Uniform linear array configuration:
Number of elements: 16
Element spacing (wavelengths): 0.75
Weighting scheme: kaiser
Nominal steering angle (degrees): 45
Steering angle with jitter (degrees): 46.085
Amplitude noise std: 0.05
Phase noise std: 0.05

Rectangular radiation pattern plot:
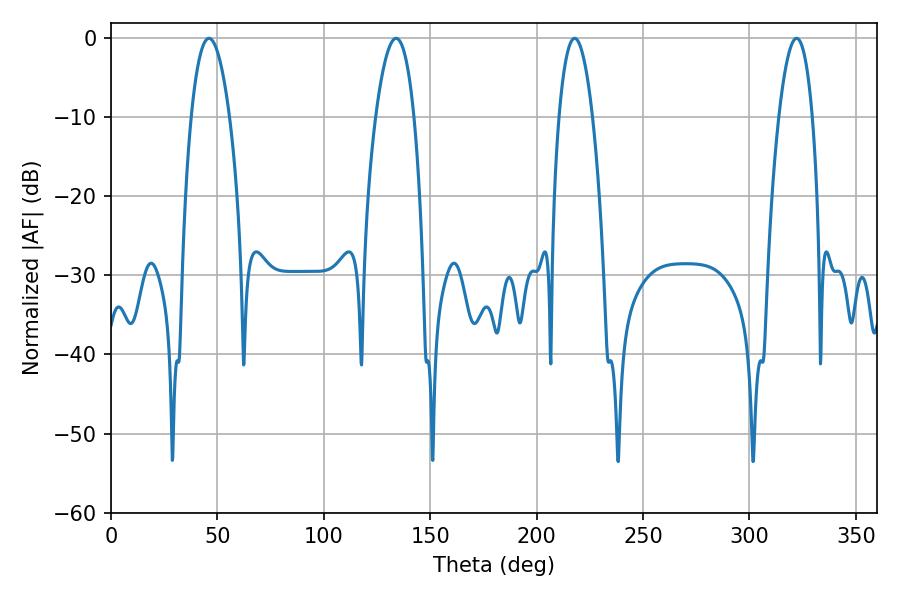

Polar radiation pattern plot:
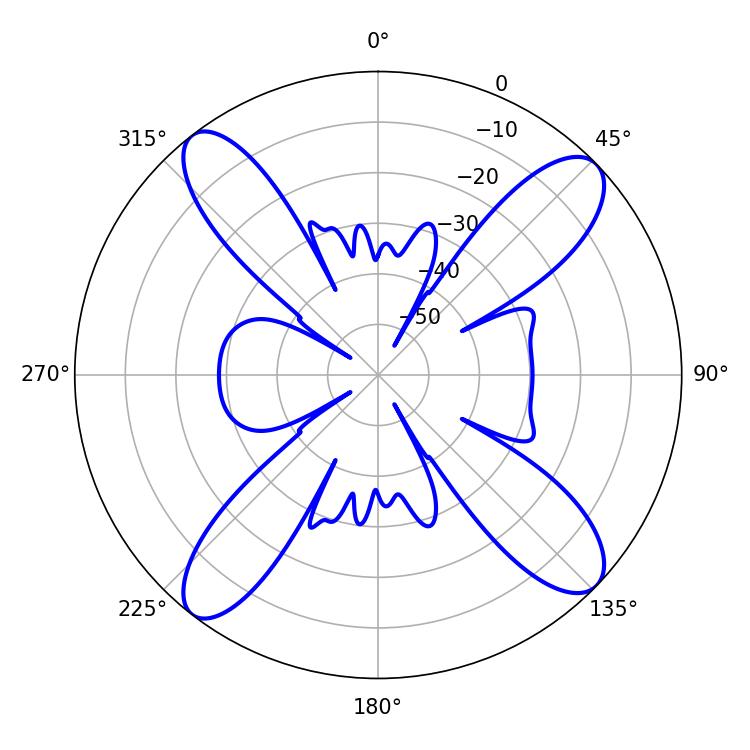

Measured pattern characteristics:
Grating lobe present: TRUE
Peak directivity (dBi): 14.688
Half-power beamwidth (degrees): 10.08
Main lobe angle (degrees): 133.92